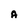
Character: A